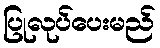
ပြုလုပ်ပေးမည်